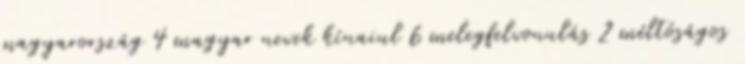
magyarország 4 magyar nevek kínaiul 6 melegfelvonulás 2 méltóságos